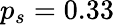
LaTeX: p_{s}=0.33